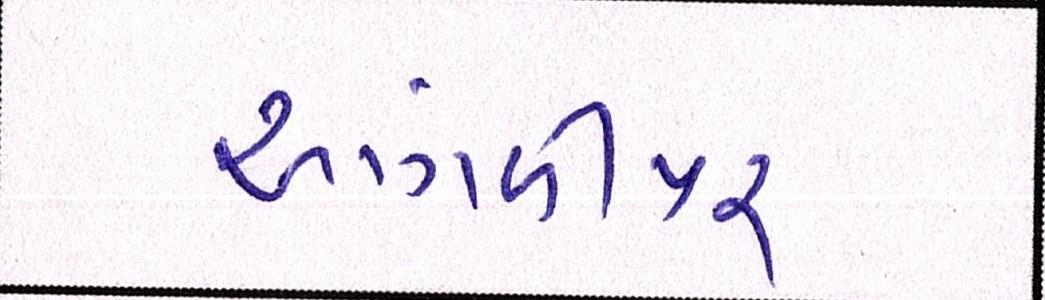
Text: આંગળીપર